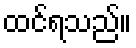
ထင်ရသည်။